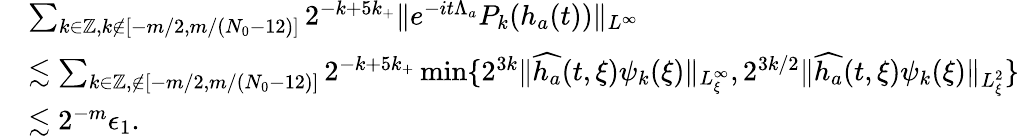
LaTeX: \begin{array}{rl}&{\sum_{k\in\mathbb{Z},k\notin[-m/2,m/(N_{0}-12)]}2^{-k+5k_{+}}\| e^{-it\Lambda_{a}}P_{k}(h_{a}(t))\| _{L^{\infty}}}\\ &{\lesssim\sum_{k\in\mathbb{Z},\notin[-m/2,m/(N_{0}-12)]}2^{-k+5k_{+}}\operatorname*{min}\{ 2^{3k}\| \widehat{h_{a}}(t,\xi)\psi_{k}(\xi)\| _{L_{\xi}^{\infty}},2^{3k/2}\| \widehat{h_{a}}(t,\xi)\psi_{k}(\xi)\| _{L_{\xi}^{2}}\} }\\ &{\lesssim 2^{-m}\epsilon_{1}.}\end{array}